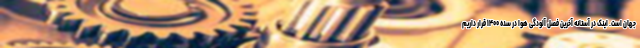
جهان است. اینک در آستانه آخرین فصل آلودگی هوا در سده ۱۴۰۰ قرار داریم